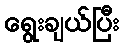
ရွေးချယ်ပြီး